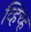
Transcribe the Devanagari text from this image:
व्हिच्ह